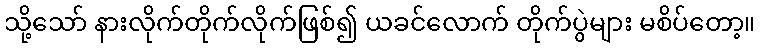
သို့သော် နားလိုက်တိုက်လိုက်ဖြစ်၍ ယခင်လောက် တိုက်ပွဲများ မစိပ်တော့။